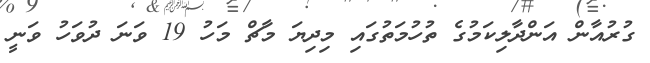
ގުރުއާން އަންދާލިކަމުގެ ތުހުމަތުގައި މިދިޔަ މާޗް މަހު 19 ވަނަ ދުވަހު ވަނީ